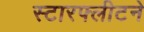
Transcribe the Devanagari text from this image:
स्टारफ्लीटने